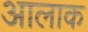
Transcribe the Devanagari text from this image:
आलाक